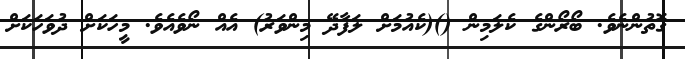
ގޮތުންނެވެ. ބޯރޯންގެ ކެލަމިން ()(ކެއުމަށް ލަފާދޭ މިންވަރު) އެއް ނޯވެއެވެ. މީހަކަށް ދުވަހަކަށް